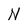
Character: N